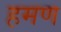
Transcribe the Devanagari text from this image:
हमण